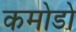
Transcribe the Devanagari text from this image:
कमोडो